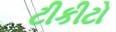
ટીકીટો